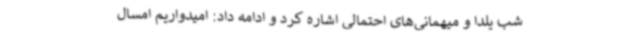
شب یلدا و میهمانی‌های احتمالی اشاره کرد و ادامه داد: امیدواریم امسال